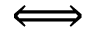
\Longleftrightarrow